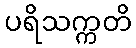
ပရိသက္ကတိ